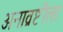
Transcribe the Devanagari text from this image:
अनाव्रष्टीला